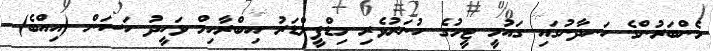
މެންބަރުންގެ ހަނދާނުގައި ގައުމީ ޓީމުގެ ހުނަރުވެރި މިޑްފީލްޑަރު އިބްރާހިމް ވަހީދު ހަސަން (އިއްބެ)